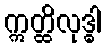
ဣတ္ထိလုဒ္ဓါ